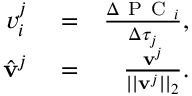
\begin{array} { r l r } { v _ { i } ^ { j } } & { { } = } & { \frac { \Delta \mathrm { ~ P ~ C ~ } _ { i } } { \Delta \tau _ { j } } , } \\ { \hat { \mathbf { v } } ^ { j } } & { { } = } & { \frac { \mathbf { v } ^ { j } } { | | \mathbf { v } ^ { j } | | _ { 2 } } . } \end{array}